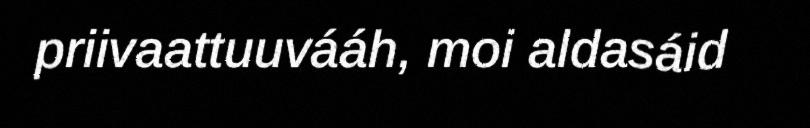
priivaattuuvááh, moi aldasáid